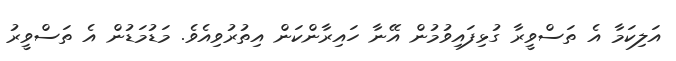
އަލިކަމާ އެ ތަސްވީރާ ގުޅިފައިވުމުން އޭނާ ހައިރާންކަން އިތުރުވިއެވެ. މަޑުމަޑުން އެ ތަސްވީރު